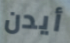
أيدن